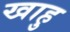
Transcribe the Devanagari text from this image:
खाहु